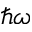
\hbar \omega